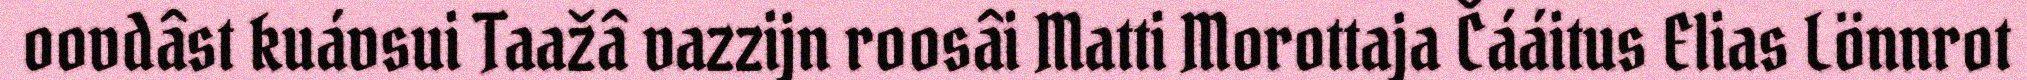
oovdâst kuávsui Taažâ vazzijn roosâi Matti Morottaja Čááitus Elias Lönnrot